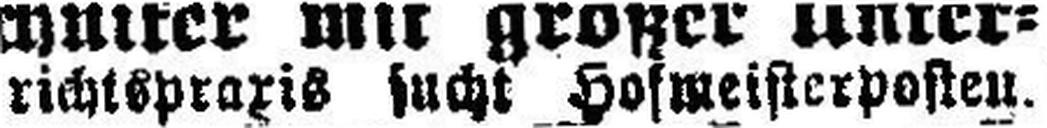
richtspraxis sucht Hofmeisterposten.